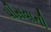
પીસવાની